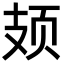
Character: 𫠆